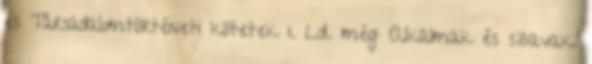
és Társadalomtörténeti kötetek 1. Ld. még: Alkalmak és szavak.